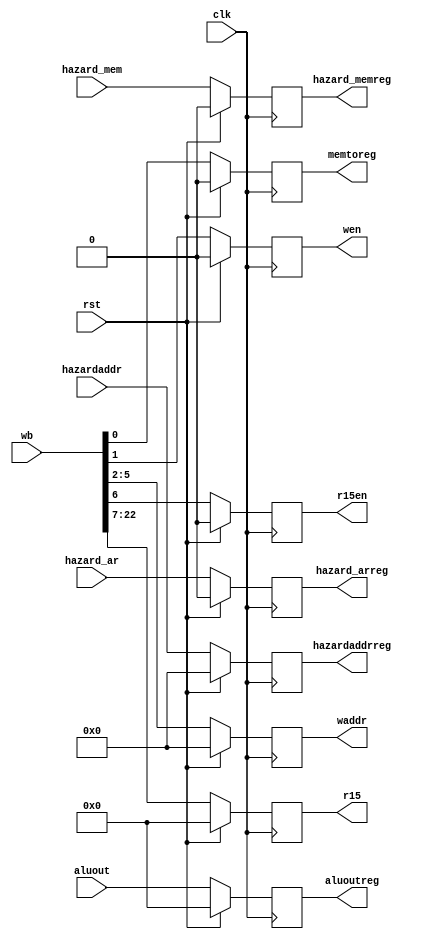
module MEMWB(input clk, rst,
		   input [22:0] wb,

		   input [15:0] aluout,
//		   input [15:0] memout,
			
			/* stalls - edited by lihau 10/4 */
			//hazard - lihau 11/4
			input [3:0] hazardaddr,
			input hazard_ar,
			input hazard_mem, 

		   output reg [15:0] r15,
		   output reg r15en,
		   output reg [3:0] waddr,
		   output reg wen,
		   output reg memtoreg,

		   output reg [15:0] aluoutreg,
//		   output reg [15:0] memoutreg,
		   
		   	//hazard - lihau 11/4
			output reg [3:0] hazardaddrreg,
			output reg hazard_arreg, 
			output reg hazard_memreg
		   );

    always@(posedge clk) 
    begin 
    	if(rst)begin
			r15 <= 0;
			r15en <= 0;
			waddr <= 0;

			wen <= 0;
			memtoreg <= 0;
			aluoutreg <= 0;
//			memoutreg <= 0;
			//exec 11/4
//			execreg <= 0;
			
			//hazard - lihau 11/4
			hazardaddrreg <= 0;
			hazard_arreg <= 0;
			hazard_memreg <= 0;
    	end
    	else begin
//    		if(!stall) begin
				// r15 <= wb[38:23];
				// r15en <= wb[22];
				// waddr <= wb[21:18];
				// wdata <= wb[17:2];
				r15 <= wb[22:7];
				r15en <= wb[6];
				waddr <= wb[5:2];
				wen <= wb[1];
				memtoreg <= wb[0];

//				memoutreg <= memout;
				aluoutreg <= aluout;
/*			end else begin
				r15 <= r15;
				r15en <= r15en;
				waddr <= waddr;
				wen <= wen;
				memtoreg <= memtoreg;

				aluoutreg <= aluoutreg;
			end*/
//			execreg <= exec;
			
			//hazard - lihau 11/4
			hazardaddrreg <= hazardaddr;
			hazard_arreg <= hazard_ar;
			hazard_memreg <= hazard_mem;
    	end
    end 
endmodule